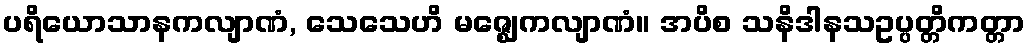
ပရိယောသာနကလျာဏံ, သေသေဟိ မဇ္ဈေကလျာဏံ။ အပိစ သနိဒါနသဥပ္ပတ္တိကတ္တာ